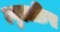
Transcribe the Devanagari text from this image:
ल्युडाक्रिस